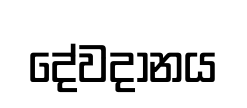
දේවදානය